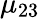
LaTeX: \mu_{23}